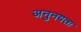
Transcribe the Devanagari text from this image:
अनुनयता